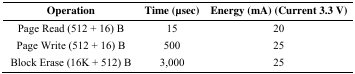
| Operation | Time (μsec) | Energy (mA) (Current 3.3 V) |
 | --- | --- | --- |
 | Page Read (512 + 16) B | 15 | 20 |
 | Page Write (512 + 16) B | 500 | 25 |
 | Block Erase (16K + 512) B | 3,000 | 25 |